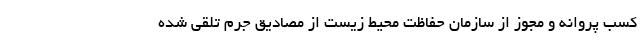
کسب پروانه و مجوز از سازمان حفاظت محیط زیست از مصادیق جرم تلقی شده